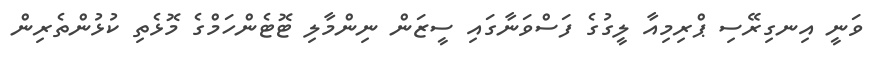
ވަނީ އިނގިރޭސި ޕްރިމިއާ ލީގުގެ ފަސްވަނާގައި ސީޒަން ނިންމާލި ޓޮޓެންހަމްގެ މޮޅެތި ކުޅުންތެރިން